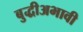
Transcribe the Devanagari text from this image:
बुद्धीअभावी